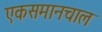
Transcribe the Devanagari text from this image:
एकसमानचाल